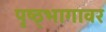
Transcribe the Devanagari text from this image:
पृष्ठ्भागावर